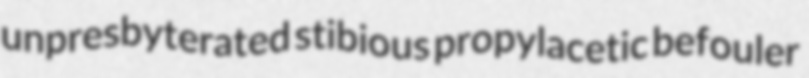
unpresbyterated stibious propylacetic befouler